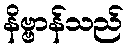
နိဗ္ဗာန်သည်